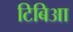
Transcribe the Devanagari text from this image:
टिबिआ